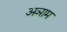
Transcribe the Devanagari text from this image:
अञाम